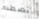
تصطدم